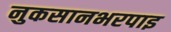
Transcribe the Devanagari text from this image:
नुकसानभरपाइ